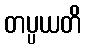
တပ္ပယတိ